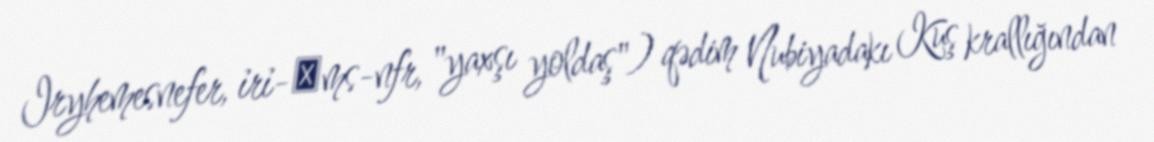
Iryhemesnefer, ỉrỉ-ḥms-nfr, "yaxşı yoldaş") qədim Nubiyadakı Kuş krallığından